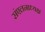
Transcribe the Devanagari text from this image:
संएलनाध्यक्ष